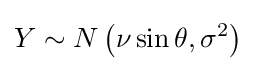
Y\sim N\left(\nu \sin \theta ,\sigma ^{2}\right)